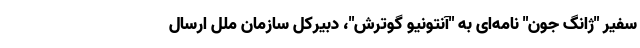
سفیر "ژانگ جون" نامه‌ای به "آنتونیو گوترش"، دبیرکل سازمان ملل ارسال